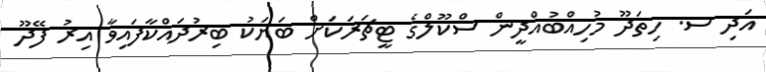
އަދި ސ. ހިތަދޫ މުހިއްބުއްދީން ސްކޫލްގެ ޓީޗަރަކަށް ބަޔަކު ބިރުދައްކާފައިވާ އިރު ފޭދޫ